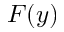
F ( y )